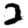
Digit: 2